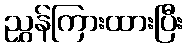
ညွှန်ကြားထားပြီး